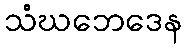
သံဃဘေဒေန